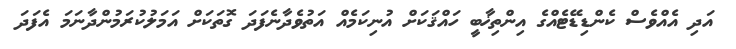
އަދި އެއްވެސް ކެންޑިޑޭޓެއްގެ އިންތިޚާބީ ހައްޤަކަށް އުނިކަމެއް އަތުވެދާނެފަދަ ގޮތަކަށް އަމަލުކުރަމުންދާނަމަ އެފަދަ